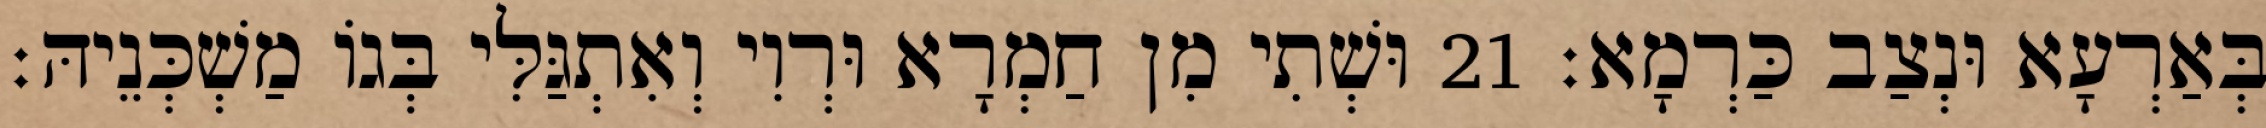
בְּאַרְעָא וּנְצַב כַּרְמָא׃ 21 וּשְׁתִי מִן חַמְרָא וּרְוִי וְאִתְגַּלִּי בְּגוֹ מַשְׁכְּנֵיהּ׃